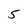
Character: 5